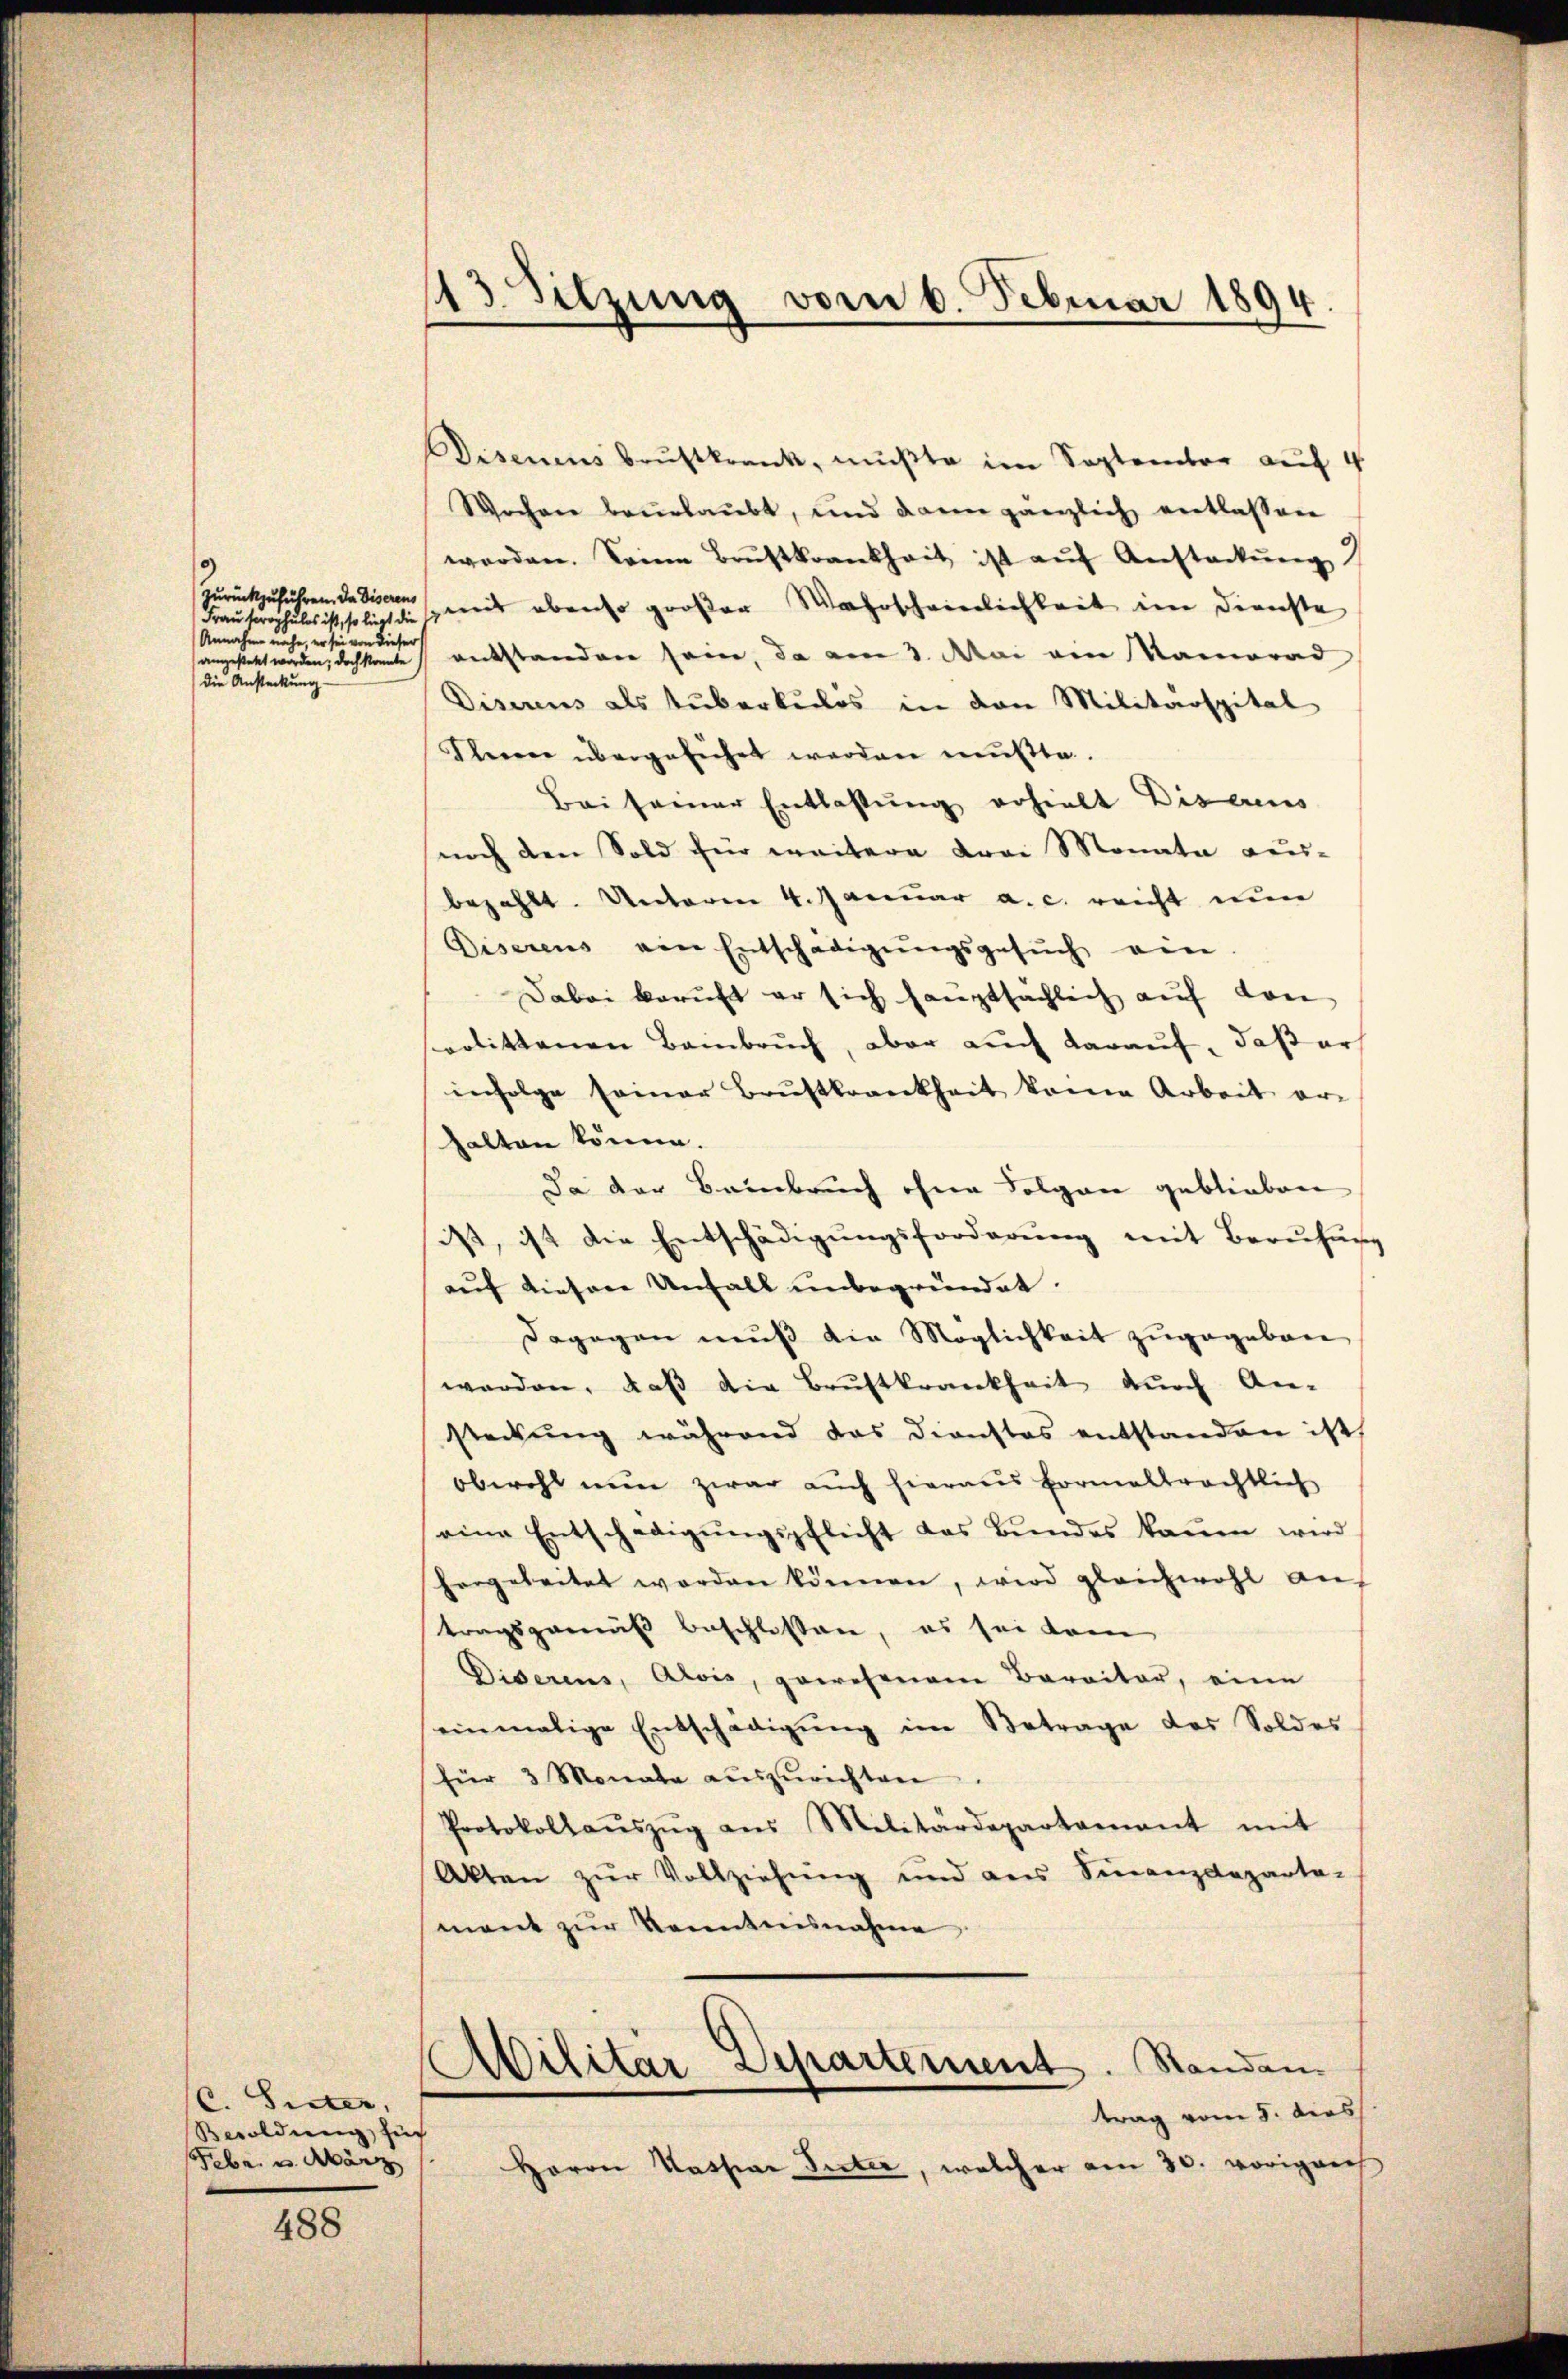
zurückzuführen. Da diserens
Annahme nahe, er sei von dieser
angesteht worden; doch konnte
die Ansteckung

C. Suter,
Besoldung such
Febr. u. März

488

13 Sitzung vom 6. Februar 1894

Disenens brustkrank, müßte im September auf 4
Wochen beurlaubt, und dann gänzlich entlassen
worden. Seine Brustkrankheit ist aŭf Ansteckŭng
Krauherrschales ist helicht die mir abenso großer Wahrscheinlichkeit im Dienste
entstanden sein, da am 3. Mai ein Namerad
Diserens als tuberkulos in von Militärspital
Ihnen übergeführt werden mußte.
Bei seiner Entlastung erhielt Discus
noch den Sold für weitere Frei Monate aus-
bezahlt. Unteren 4. Januar a. c. reicht nun
Diserens ein Entschädigŭngsgesŭch ein.
Dabei beruft er sich hauptsächlich aŭf von
erlittenen Bainbruch, aber auch darauf, daß ers
infolge seiner Brustkrankheit kame Arbeit er-
halten könne.
Da der Beinbruch ohne Folgen geblieben
ist, ist die Entschädigŭngsforderŭng mit Berŭhŭng
auf diesen Unfall unbegründet. |
dagegen muß die Möglichkeit zugegeben
werden, daß die Brustkrankheit durch An-
steckung während das dienstes entstanden ist,
obwohl nun zwar auch hieraus formalbrachtlich
eine Entschädigŭngspflicht das Bŭndes kaum wird
hergeleitet worden können, wird gleichwohl auf
tragsgemäß beschlossen, es sei dem
Diserens, Alois, gewesenem Barritor, eine
einmalige Entschädigŭng im Betrage des Soldes
für 3 Monate auszurichten
Protokollaŭszŭg ans Militärdepartamant mit
Akten zur Vollziehung und aus Finanzdeparta-
ment zur Kenntnisnahme
Abilitar-Departement. Standen.
trag vom 5. dies
Herrn Kaspar Suter, welcher am 30. vorigens